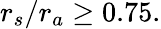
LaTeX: r_{s}/r_{a}\ge 0.75.